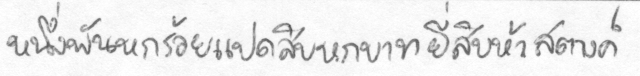
หนึ่งพันหกร้อยแปดสิบบหกบาทยี่สิบห้าสตางค์